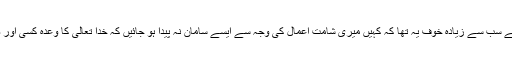
میں جب شام میں بیمار ہوا اور بیماری بڑھتی گئی ، تو مجھے سب سے زیادہ خوف یہ تھا کہ کہیں میری شامت اعمال کی وجہ سے ایسے سامان نہ پیدا ہو جائیں کہ خدا تعالیٰ کا وعدہ کسی اور صورت میں بدل جائے، اور میں انگلستان پہنچ ہی نہ سکوں ۔